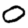
Digit: 0